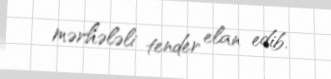
mərhələli tender elan edib.